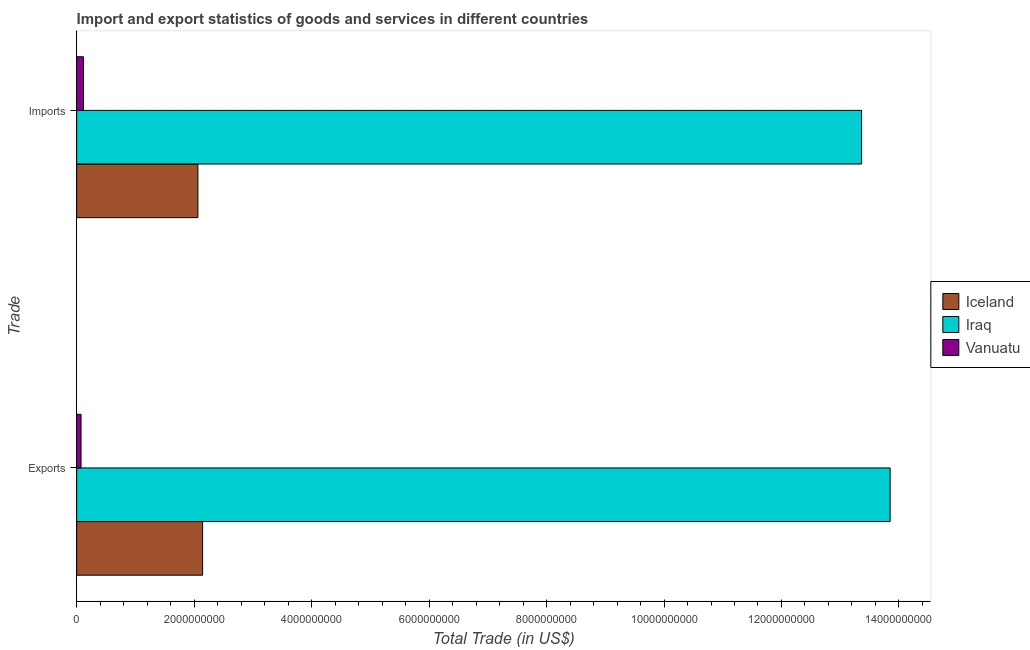
| Trade | Iceland | Iraq | Vanuatu |
 | --- | --- | --- | --- |
 | Exports | 2.14e+09 | 1.39e+10 | 7.46e+07 |
 | Imports | 2.06e+09 | 1.34e+10 | 1.16e+08 |